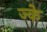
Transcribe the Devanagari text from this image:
ज्के